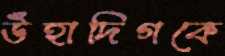
উঁহাদিগকে